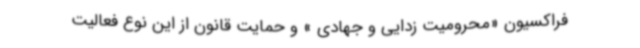
فراکسیون «محرومیت زدایی و جهادی » و حمایت قانون از این نوع فعالیت